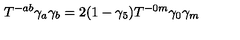
T ^ { - a b } \gamma _ { a } \gamma _ { b } = 2 ( 1 - \gamma _ { 5 } ) T ^ { - 0 m } \gamma _ { 0 } \gamma _ { m }